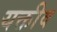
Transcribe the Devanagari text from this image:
यक्तीव